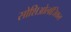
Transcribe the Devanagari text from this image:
सोशिओलॉजिकल